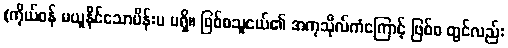
(ကိုယ်ဝန် မယူနိုင်သောမိန်းမ မရှိ။ ဖြစ်စသူငယ်၏ အကုသိုလ်ကံကြောင့် ဖြစ်စ တွင်လည်း